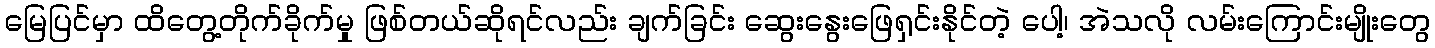
မြေပြင်မှာ ထိတွေ့တိုက်ခိုက်မှု ဖြစ်တယ်ဆိုရင်လည်း ချက်ခြင်း ဆွေးနွေးဖြေရှင်းနိုင်တဲ့ ပေါ့၊ အဲသလို လမ်းကြောင်းမျိုးတွေ